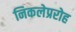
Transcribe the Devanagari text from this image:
निकलेप्ररोह